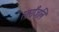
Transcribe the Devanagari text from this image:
स्वराँजलि